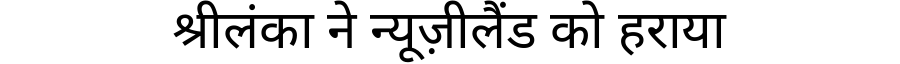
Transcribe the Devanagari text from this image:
श्रीलंका ने न्यूज़ीलैंड को हराया